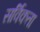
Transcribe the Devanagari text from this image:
सर्विकता